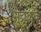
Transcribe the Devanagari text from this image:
सुचवावे